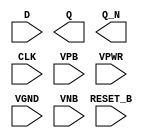
module sky130_fd_sc_ms__dfrbp (
    //# {{data|Data Signals}}
    input  D      ,
    output Q      ,
    output Q_N    ,

    //# {{control|Control Signals}}
    input  RESET_B,

    //# {{clocks|Clocking}}
    input  CLK    ,

    //# {{power|Power}}
    input  VPB    ,
    input  VPWR   ,
    input  VGND   ,
    input  VNB
);
endmodule